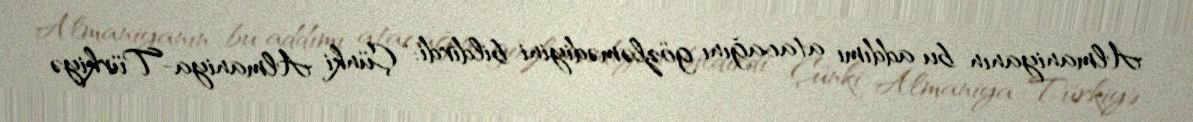
Almaniyanın bu addımı atacağını gözləmədiyini bildirdi: “Çünki Almaniya-Türkiyə